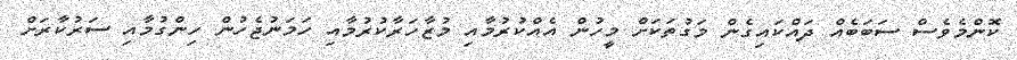
ކޮންމެވެސް ސަބަބެއް ދައްކައިގެން މަގުތަކަށް މީހުން އެއްކުރުމާއި މުޒާހަރާކުރުމާއި ހަމަނުޖެހުން ހިންގުމާއި ސަރުކާރަށް